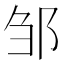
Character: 邹